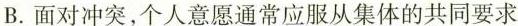
B.面对冲突，个人意愿通常应服从集体的共同要求